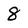
Character: 8